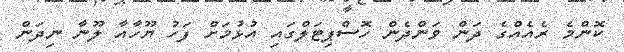
ކޮންމެ ރެއެއްގެ ދަން ވަންދެން ހޮސްޕިޓަލްގައި އުޅުމަށް ފަހު ޔޫހާއާ ލޫނާ ނިދަން